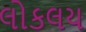
લોકલય